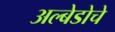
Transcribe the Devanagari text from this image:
अल्बेडोचे